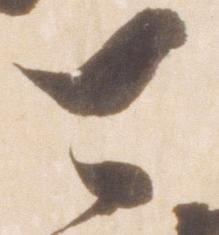
可